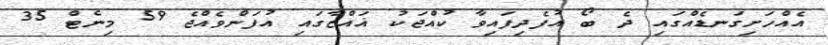
އެއްހަށިގަނޑެއްގައި ދެ ބޯ އުފެދިފައިވާ ކުއްޖަކު ޣައްޒާގައި އުފަންވެއްޖެ 59 މިނެޓް 35